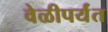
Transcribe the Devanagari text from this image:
वेळीपर्यंत